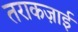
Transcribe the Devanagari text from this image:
तराकज़ाई